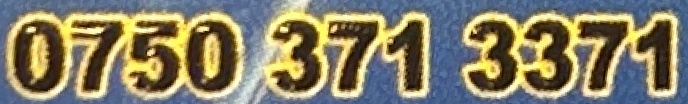
0750 371 3371